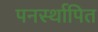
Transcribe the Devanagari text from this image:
पनर्स्थापित